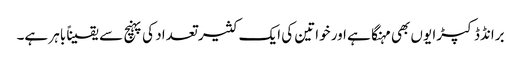
برانڈڈ کپڑا یوں بھی مہنگا ہے اور خواتین کی ایک کثیر تعداد کی پہنچ سے یقیناً باہر ہے۔